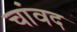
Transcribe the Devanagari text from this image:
चांवद